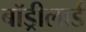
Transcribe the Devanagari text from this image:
बॉड्रीलार्ड